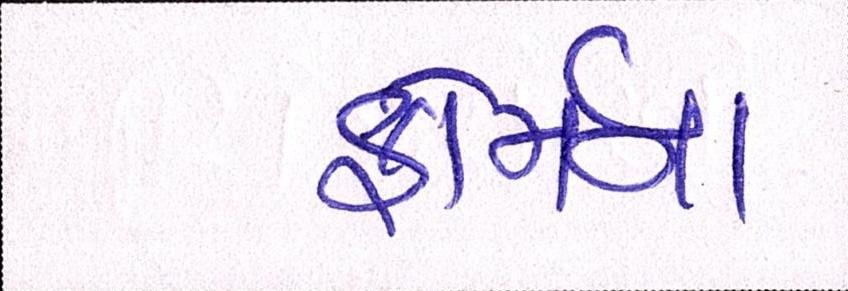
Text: ફોર્મના